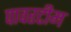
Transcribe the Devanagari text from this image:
पावरटीम